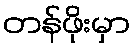
တန်ဖိုးမှာ